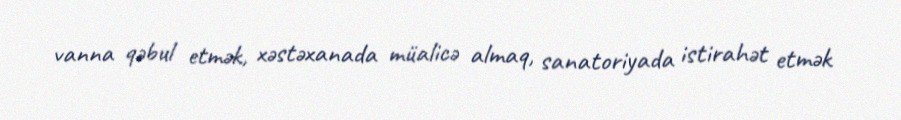
vanna qəbul etmək, xəstəxanada müalicə almaq, sanatoriyada istirahət etmək